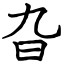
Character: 旮